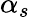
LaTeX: \alpha_{s}